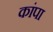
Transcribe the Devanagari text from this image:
कांपा